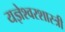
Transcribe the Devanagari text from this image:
यज्ञेश्वरशास्त्री